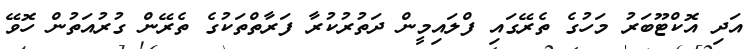
އަދި އޮކްޓޫބަރު މަހުގެ ތެރޭގައި ފްލައިމީން ދަތުރުކުރާ ފަރާތްތަކުގެ ތެރޭން ގުރުއަތުން ހޮވޭ